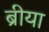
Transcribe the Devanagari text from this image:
ब्रीया